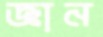
জ্ঞান